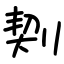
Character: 㓶